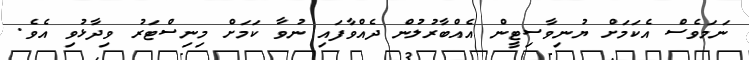
ނަމަވެސް އެކަމަށް ޔުނިވާސިޓީން އެއްބާރުލުން ދެއްވާފައި ނުވާ ކަމަށް މިނިސްޓަރު ވިދާޅުވި އެވެ.